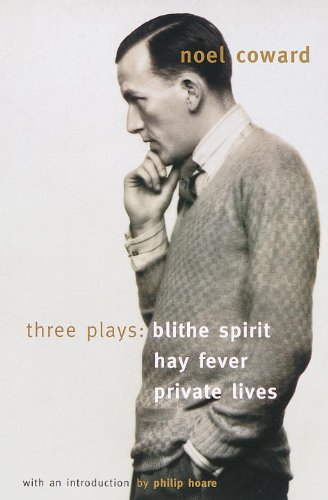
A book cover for Blithe Spirit, Hay Fever, Private Lives: Three Plays; Noel Coward; Literature & Fiction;